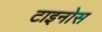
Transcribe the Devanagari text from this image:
टाइनोस